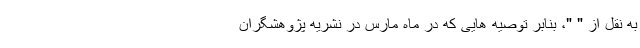
به نقل از " "، بنابر توصیه هایی که در ماه مارس در نشریه پژوهشگران